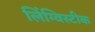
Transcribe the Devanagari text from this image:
लिंग्विस्टीक